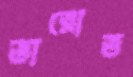
ভারোত্ত